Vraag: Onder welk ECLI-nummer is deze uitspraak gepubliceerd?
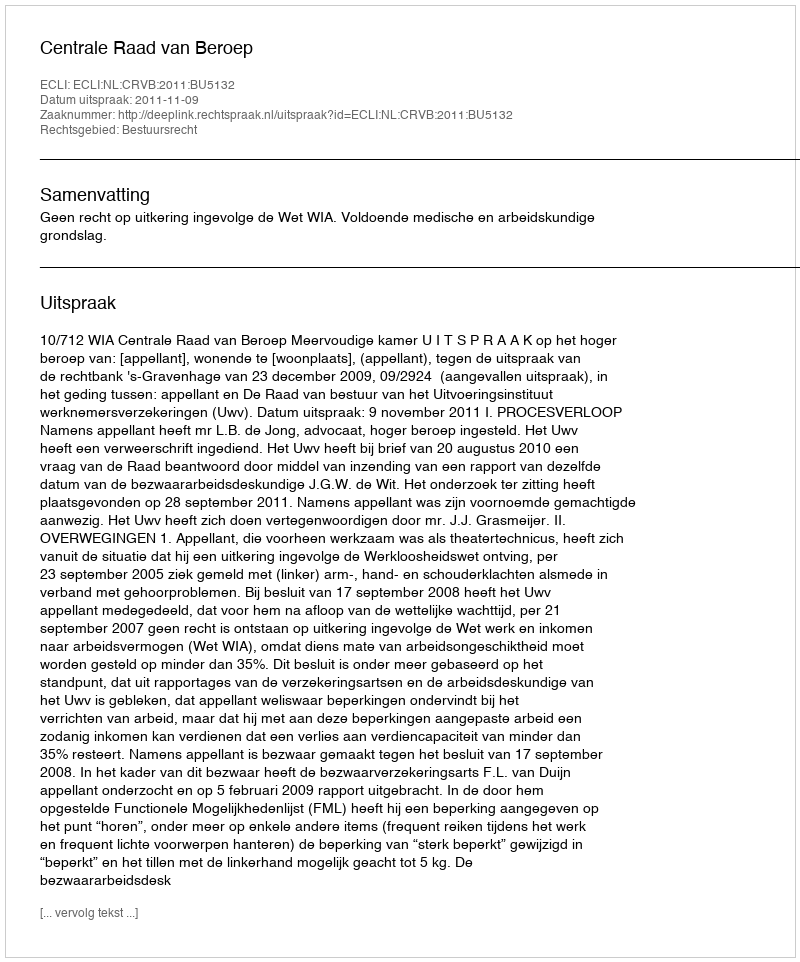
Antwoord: ECLI:NL:CRVB:2011:BU5132